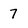
Character: 7